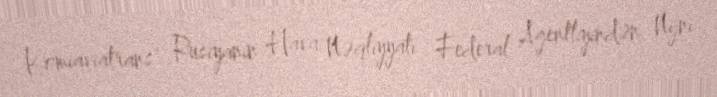
Komiaviatrans" Rusiyanın Hava Nəqliyyatı Federal Agentliyindən Nijni